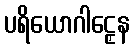
ပရိယောဂါဠှေန